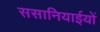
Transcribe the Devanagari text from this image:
ससानियाईयों